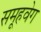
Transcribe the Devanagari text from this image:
समूहवेग